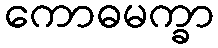
ကောဓမက္ခာ